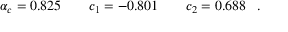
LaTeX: \alpha _ { c } = 0 . 8 2 5 \quad \quad c _ { 1 } = - 0 . 8 0 1 \quad \quad c _ { 2 } = 0 . 6 8 8 \; \; \; .